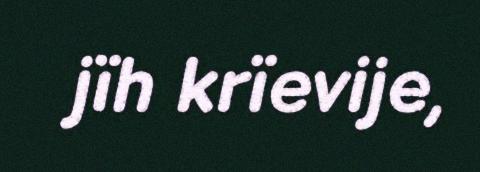
jïh krïevije,